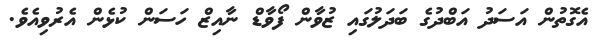
އެގޮތުން އަސަދު އަބްދުގެ ބަދަލުގައި ޒުވާން ފޯވާޑް ނާއިޒް ހަސަން ކުޅެން އެރުވިއެވެ.